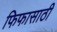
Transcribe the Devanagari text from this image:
फिफासाठी